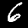
Digit: 6